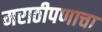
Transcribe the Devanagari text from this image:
मराठीपणाचा